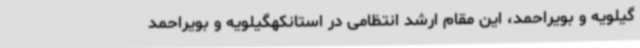
گیلویه و بویراحمد، این مقام ارشد انتظامی در استانکهگیلویه و بویراحمد